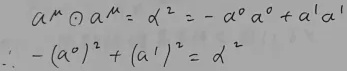
\[
\begin{align*}
a^{\mu} \odot a^{\mu} &= \alpha^{2} = - a^{0} a^{0}+a^{1} a^{1}\\
\therefore -(a^{0})^{2}+(a^{1})^{2}&=\alpha^{2}
\end{align*}
\]